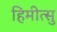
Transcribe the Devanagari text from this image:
हिमीत्सु